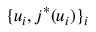
\{ u _ { i } , j ^ { * } ( u _ { i } ) \} _ { i }